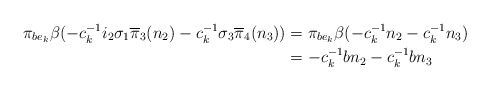
\begin{align*}\pi_{be_{k}} \beta(-c_{k}^{-1}i_{2}\sigma_{1}\overline{\pi}_{3}(n_{2})-c_{k}^{-1}\sigma_{3}\overline{\pi}_{4}(n_{3})) &=\pi_{be_{k}}\beta(-c_{k}^{-1}n_{2}-c_{k}^{-1}n_{3}) \\&=-c_{k}^{-1}bn_{2}-c_{k}^{-1}bn_{3}\end{align*}